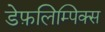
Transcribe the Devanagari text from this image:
डेफ़लिम्पिक्स